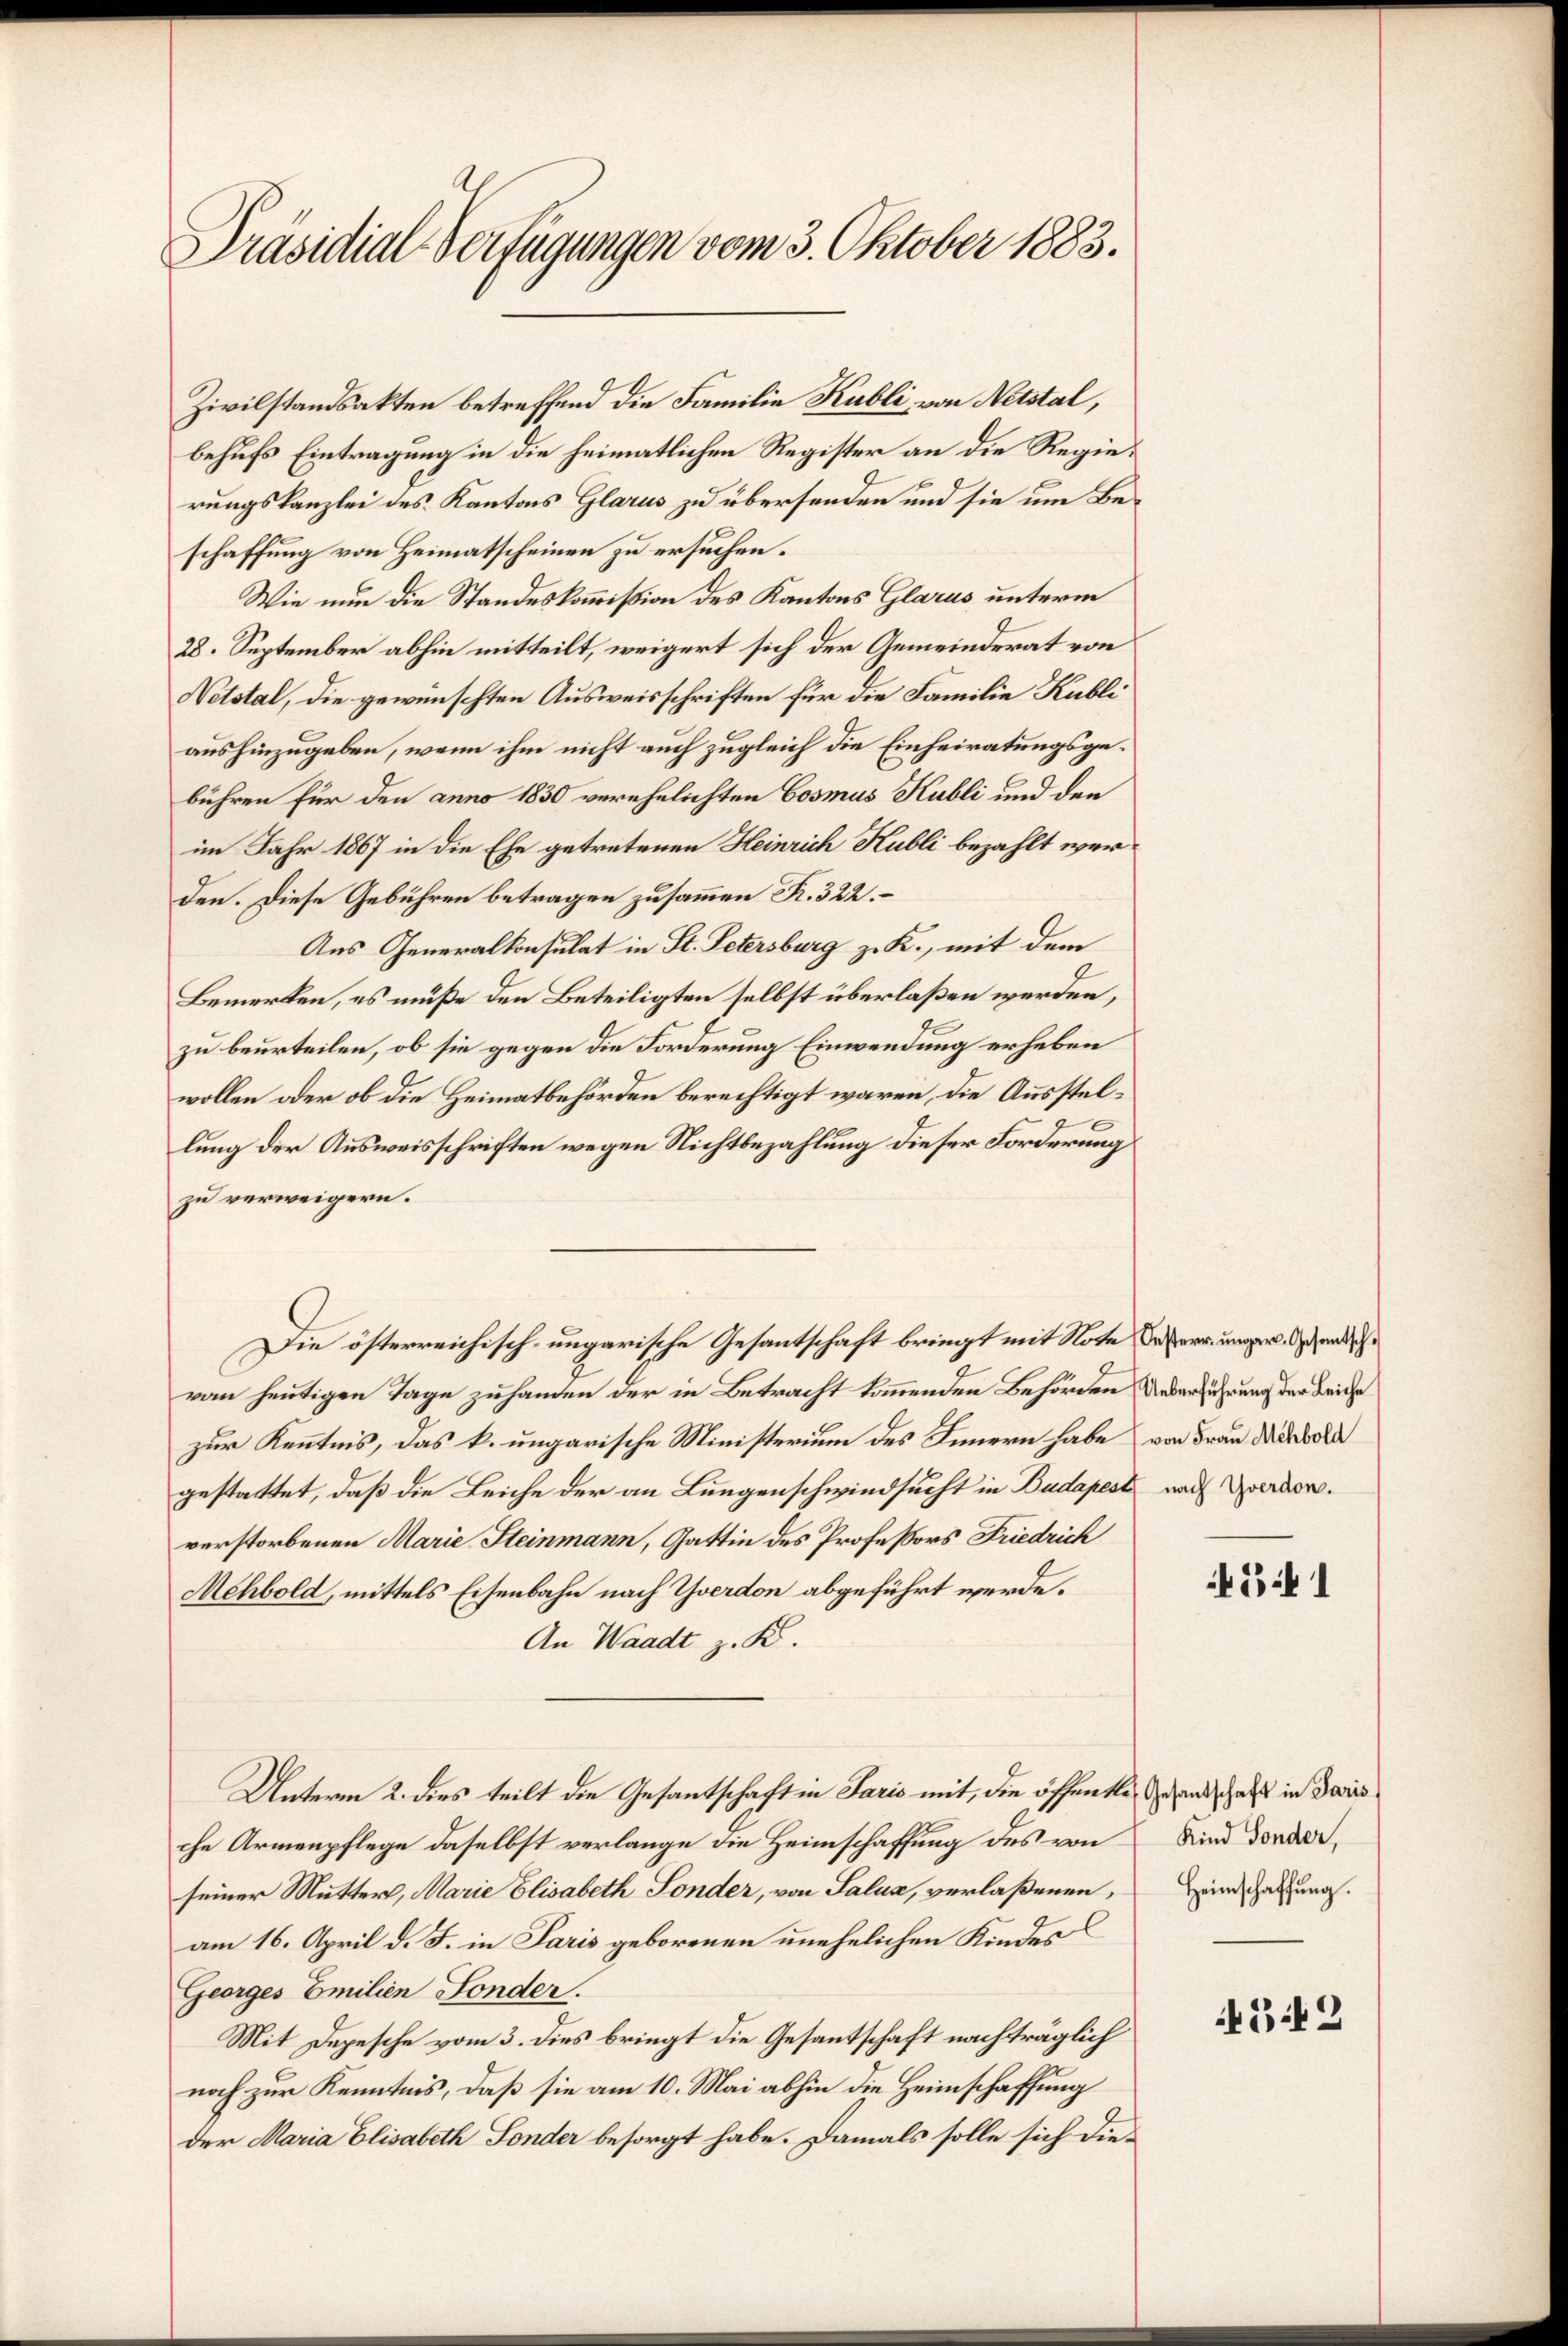
Präsidial-Verfügungen vom 3. Oktober 1883.

Zivilstandsakten betreffend die Familie Kubli von Netstal,
behufs Eintragung in die heimatlichen Register an die Regierungskanzlei des Kantons Glarus zu übersenden und sie um Beschaffung von Heimatscheinen zu ersuchen.
Wie nun die Standeskommißion des Kantons Glarus unterm
28. September abhin mitteilt, weigert sich der Gemeinderat von
Netstal, die gewünschten Ausweisschriften für die Familie Kubli
aushinzugeben, wenn ihm nicht auch zugleich die Einheiratungsgebühren für den anno 1830 verehelichten Cosmus Kubli und den
im Jahr 1867 in die Ehe getretenen Heinrich Kubli bezahlt werden. Diese Gebühren betragen zusammen Fr. 322.
Aus Generalkonsulat in St. Petersburg z. K., mit dem
Bemerken, es müße den Beteiligten selbst überlaßen werden,
zu beurteilen, ob sie gegen die Forderung Einwendung erheben
wollen oder ob die Heimatbehörden berechtigt waren, die Ausstellung der Ausweisschriften wegen Nichtbezahlung dieser Forderung
zu verweigern.
Die österreichisch-ungarische Gesantschaft bringt mit Note Insperrungen den die
von heutigen Tage zuhanden der in Betracht kommenden Behörden Ueberführung der Leiche
zur Kenntnis, das k. ungarische Ministerium des Innern habe von Frau Diebold
gestattet, daß die Leiche der an Lungenschwindsucht in Budapest nach Zverdorverstorbenen Marie Steinmann, Gattin des Professors Friedrich
Mehbold, mittels Eisenbahn nach Yverdon abgeführt werde.
An Waadt z. B.
Unterm 2. dies teilt die Gesantschaft in Paris mit, die öffentlen Gesandschaft in daris
che Armenpflege daselbst verlange die Heimschaffung des von
seiner Mutter, Marie Elisabeth Sonder, von Salus, verlaßenen,
am 16. April d. J. in Paris geborenen unehelichen Kindes C
Georges Emilien Sonder.
Mit Depesche vom 3. dies bringt die Gesantschaft nachträglich
noch zur Kenntnis, daß sie am 10. Mai abhin die Heimschaffung
der Maria Elisabeth Sonder besorgt habe. Damals solle sich die¬

45 f 1

Kind Sonder,
Heimschaffung.

45 f 2